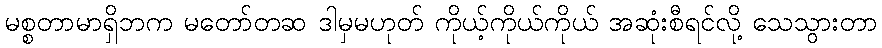
မစ္စတာမာရှိဘက မတော်တဆ ဒါမှမဟုတ် ကိုယ့်ကိုယ်ကိုယ် အဆုံးစီရင်လို့ သေသွားတာ